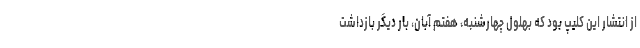
از انتشار این کلیپ بود که بهلول چهارشنبه، هفتم آبان، بار دیگر بازداشت